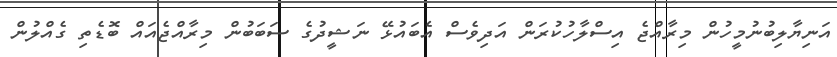
އަނިޔާލިބުނުމީހުން މިރާއްޖެ އިސްލާހުކުރަން އަދިވެސް އެބައުޅޭ ނަޝީދުގެ ސަބަބުން މިރާއްޖެއައް ބޮޑެތި ގެއްލުން